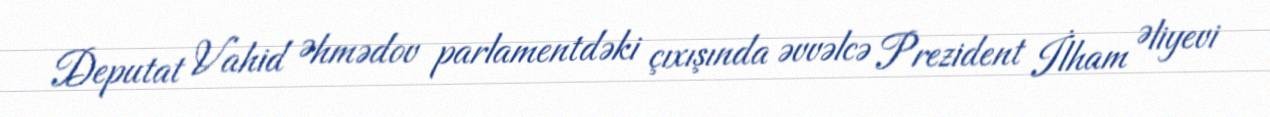
Deputat Vahid Əhmədov parlamentdəki çıxışında əvvəlcə Prezident İlham Əliyevi